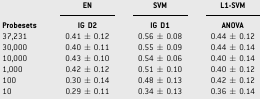
<table><thead><tr><td></td><td><b>EN</b></td><td><b>SVM</b></td><td><b>L1‐SVM</b></td></tr><tr><td><b>Probesets</b></td><td><b>IG D2</b></td><td><b>IG D1</b></td><td><b>ANOVA</b></td></tr></thead><tbody><tr><td>37,231</td><td>0.41 ± 0.12</td><td>0.56 ± 0.08</td><td>0.44 ± 0.12</td></tr><tr><td>30,000</td><td>0.40 ± 0.11</td><td>0.55 ± 0.09</td><td>0.44 ± 0.14</td></tr><tr><td>10,000</td><td>0.43 ± 0.10</td><td>0.54 ± 0.06</td><td>0.40 ± 0.14</td></tr><tr><td>1,000</td><td>0.42 ± 0.12</td><td>0.51 ± 0.10</td><td>0.40 ± 0.12</td></tr><tr><td>100</td><td>0.30 ± 0.14</td><td>0.48 ± 0.13</td><td>0.42 ± 0.12</td></tr><tr><td>10</td><td>0.29 ± 0.11</td><td>0.34 ± 0.13</td><td>0.36 ± 0.14</td></tr></tbody></table>